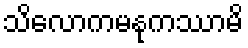
သိလောကမနုကဿာမိ